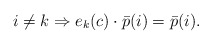
\begin{align*}i \neq k \Rightarrow e_k(c) \cdot \bar p (i) = \bar p(i).\end{align*}